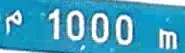
1000m